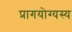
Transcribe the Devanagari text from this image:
प्रागयोग्यस्य